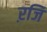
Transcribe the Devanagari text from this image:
ऱजि